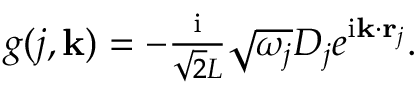
\begin{array} { r } { g ( j , { \bf k } ) = - \frac { \mathrm { i } } { \sqrt { 2 } L } \sqrt { \omega _ { j } } D _ { j } e ^ { \mathrm { i } { \bf k } \cdot { \bf r } _ { j } } . } \end{array}